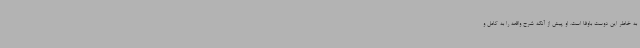
به خاطر این دوست باوفا است. او پیش از آنکه شرح واقعه را به کامل و